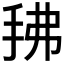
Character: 𰓖